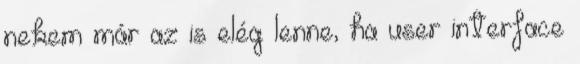
nekem már az is elég lenne, ha user interface